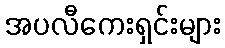
အပလီကေးရှင်းများ